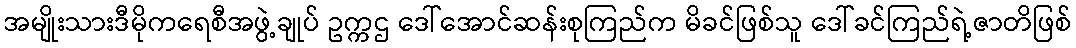
အမျိုးသားဒီမိုကရေစီအဖွဲ့ချုပ် ဥက္ကဌ ဒေါ်အောင်ဆန်းစုကြည်က မိခင်ဖြစ်သူ ဒေါ်ခင်ကြည်ရဲ့ဇာတိဖြစ်